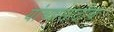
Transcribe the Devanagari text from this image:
यांच्यासाठीच